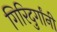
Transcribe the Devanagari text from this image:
गिरिदुर्गांनी